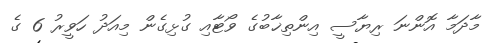
މާދަމާ އޮންނަ ރިޔާސީ އިންތިޚާބުގެ ވޯޓާއި ގުޅިގެން މިއަދު ހަވީރު 6 ގެ